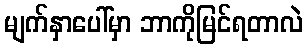
မျက်နှာပေါ်မှာ ဘာကိုမြင်ရတာလဲ